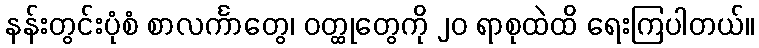
နန်းတွင်းပုံစံ စာလင်္ကာတွေ၊ ဝတ္ထုတွေကို ၂၀ ရာစုထဲထိ ရေးကြပါတယ်။